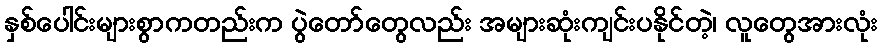
နှစ်ပေါင်းများစွာကတည်းက ပွဲတော်တွေလည်း အများဆုံးကျင်းပနိုင်တဲ့၊ လူတွေအားလုံး